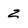
Character: z